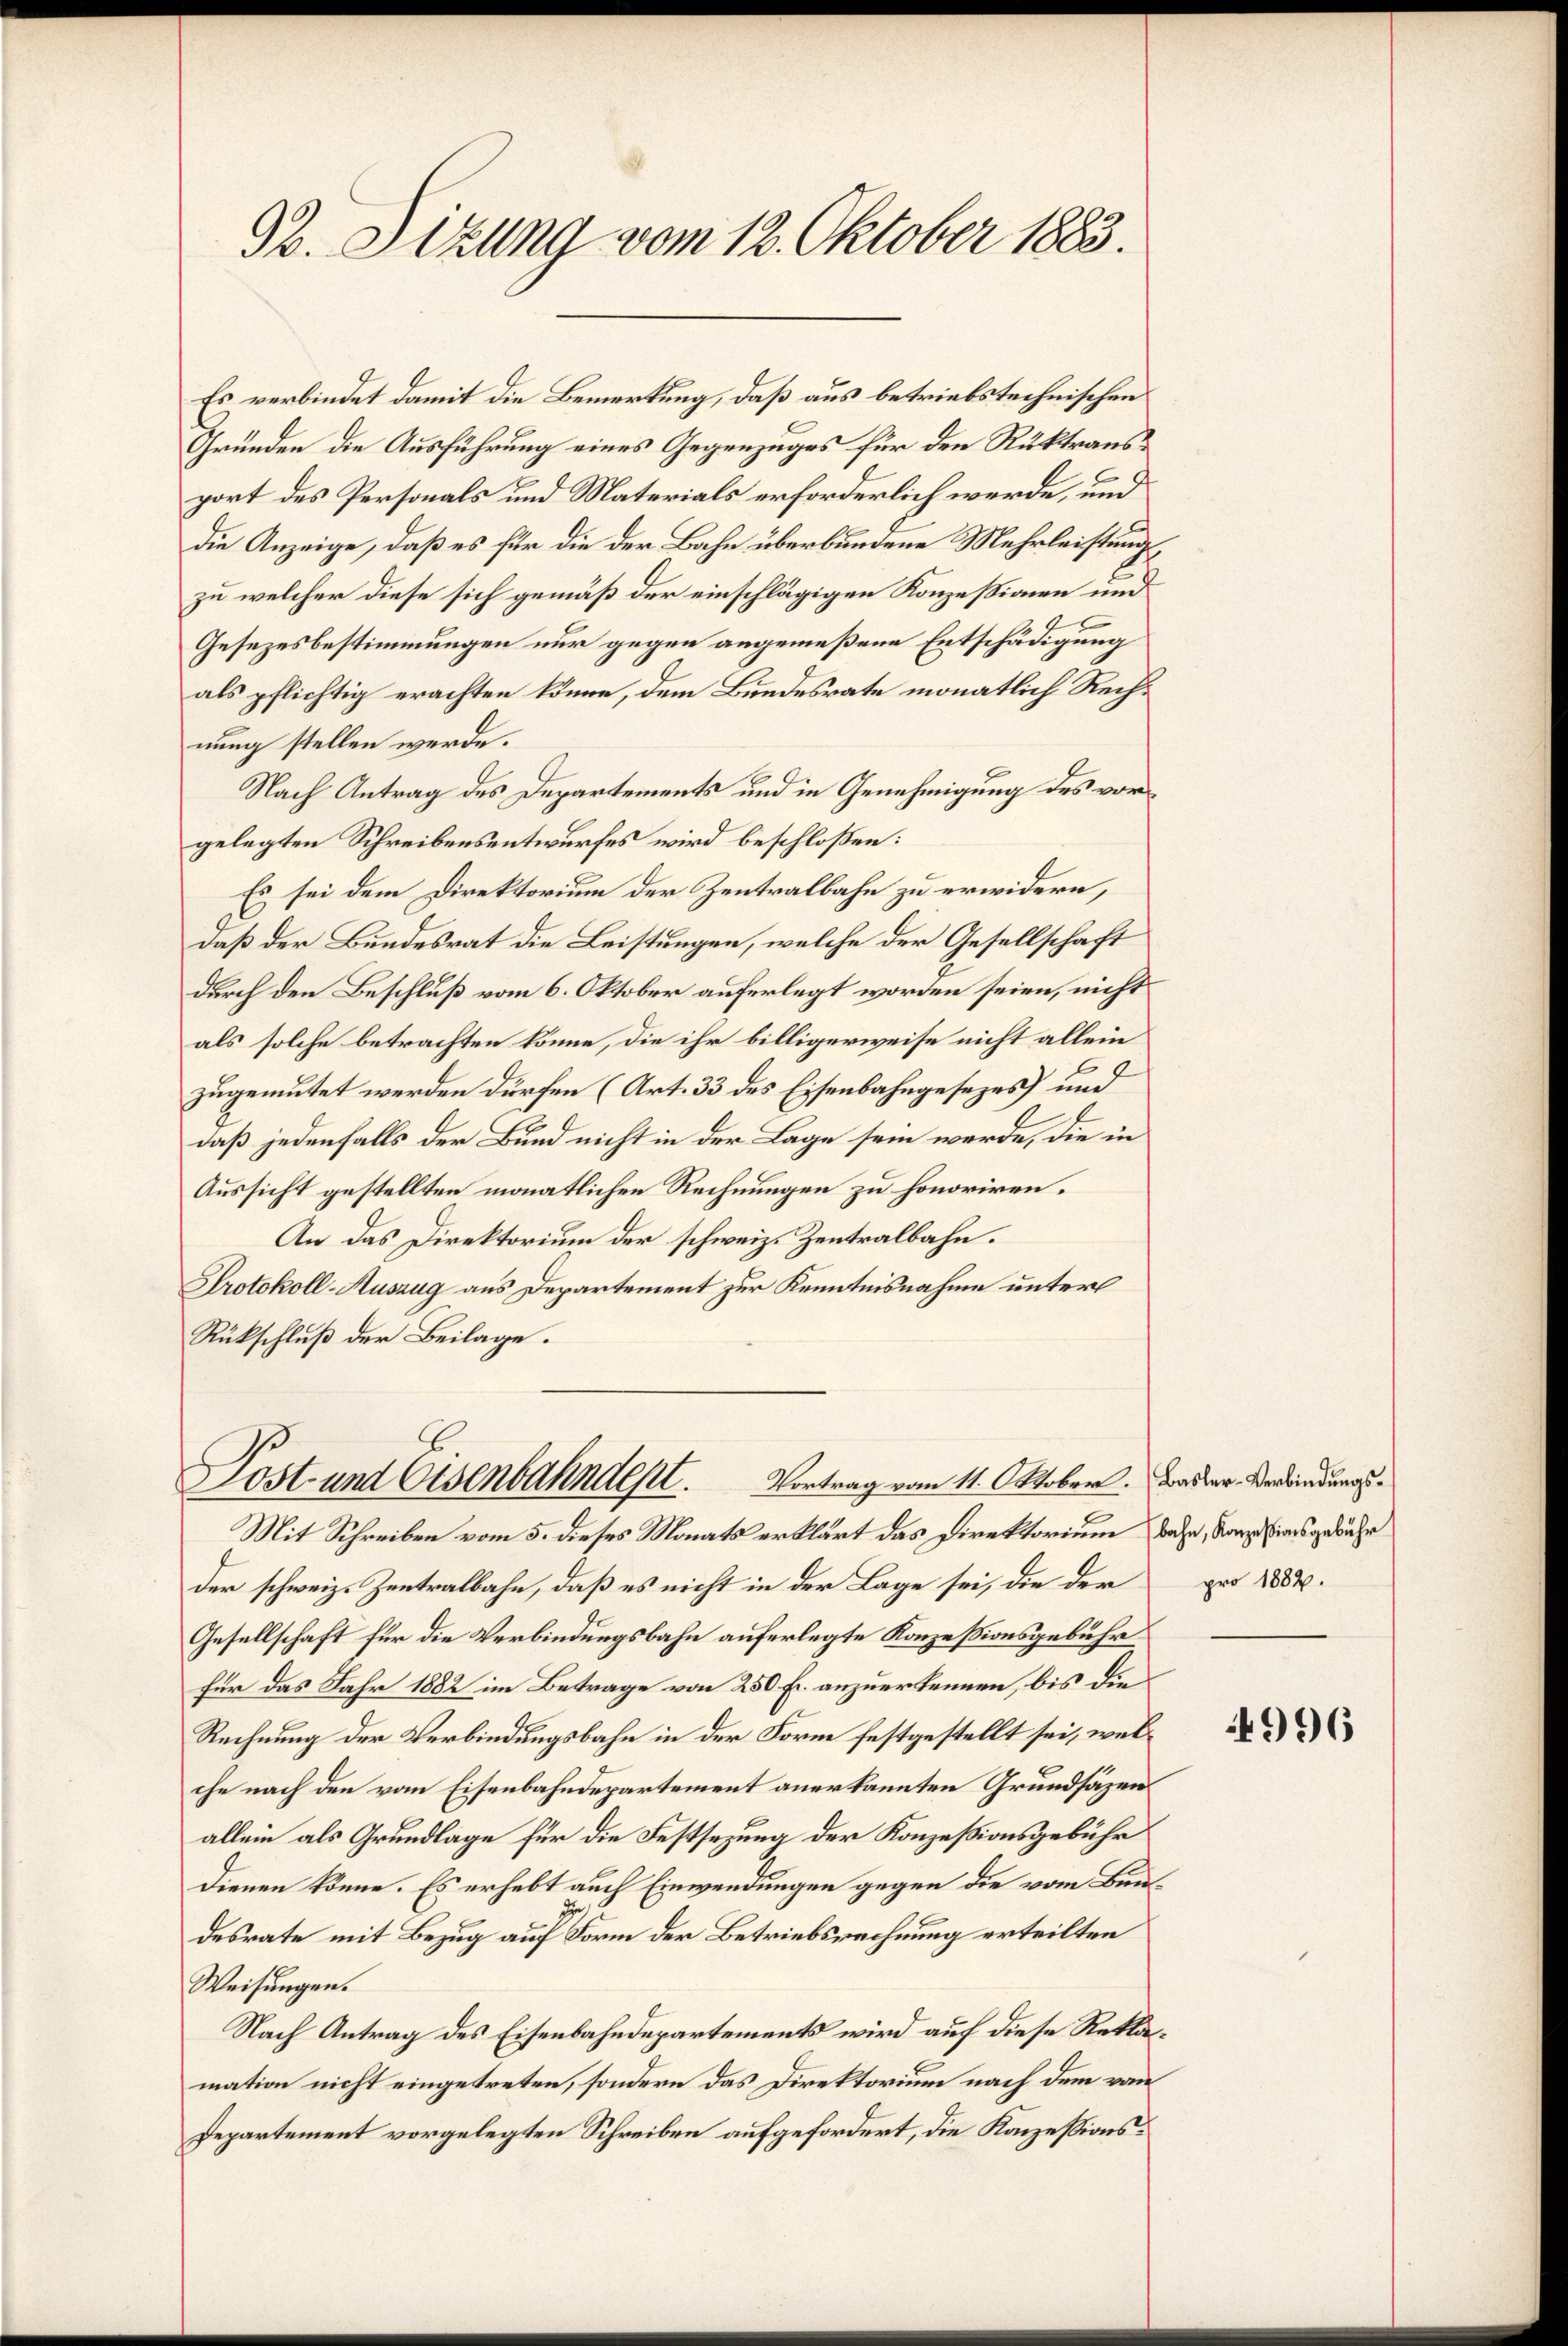
92. Sitzung vom 12. Oktober 1883.

Es verbindet damit die Bemerkung, daß aus betriebstechnischen
Gründen die Ausführung eines Gegenzuges für den Rüktransport des Personals und Materials erforderlich werde, und
die Anzeige, daß es für die der Bahn überbundene Mehrleistung,
zu welcher diese sich gemäß der einschlägigen Konzessionen und
Gesezesbestimmungen nur gegen angemeßene Entschädigung
als pflichtig erachten könne, dem Bundesrate monatlich Rechnung stellen werde.
Nach Antrag des Departements und in Genehmigung des vorgelegten Schreibensentwurfes wird beschloßen:
Es sei dem Direktorium der Zentralbahn zu erwidern,
daß der Bundesrat die Leistungen, welche der Gesellschaft
durch den Beschluß vom 6. Oktober auferlegt worden seien, nicht
als solche betrachten könne, die ihr billigerweise nicht allein
zugemutet werden dürfen (Art. 33 des Eisenbahngesezes) und
daß jedenfalls der Bund nicht in der Lage sein werde, die in
Aussicht gestellten monatlichen Rechnungen zu honoriren.
An das Direktorium der schweiz. Zentralbahn.
Protokoll-Auszug aus Departement zur Kenntnisnahme unter
Rückschluß der Beilage.

Lost- und Eisenbahndept. Vortrag vom 11. Oktober. Das der Verbindungs¬

Mit Schreiben vom 5. dieses Monats erklärt das Direktorium bahn, Konzesionsgebühr
der schweiz. Zentralbahn, daß es nicht in der Lage sei, die der pro 1884.
Gesellschaft für die Verbindungsbahn auferlegte Konzessionsgebühr
Für das Jahr 1882 im Betrage von 250 Fr. anzuerkennen, bis die
Rechnung der Verbindungsbahn in der Form festgestellt sei, welche nach den vom Eisenbahndepartement anerkannten Grundsäzen
allein als Grundlage für die Festsezung der Konzesionsgebühr
Dienen könne. Es erhebt auch Einwendungen gegen die vom Bun¬
)
desrate mit Bezug auf Form der Betriebsrechnung erteilten
Weisungen.
Nach Antrag des Eisenbahndepartements wird auf diese Reklamation nicht eingetreten, sondern das Direktorium nach dem vom
Departement vorgelegten Schreiben aufgefordert, die Konzessions¬

996